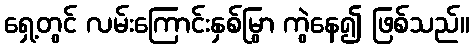
ရှေ့တွင် လမ်းကြောင်းနှစ်မြွာ ကွဲနေ၍ ဖြစ်သည်။